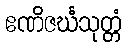
ဧဏိဇင်္ဃသုတ္တံ